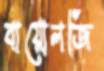
বায়োলজি